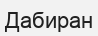
Дабиран